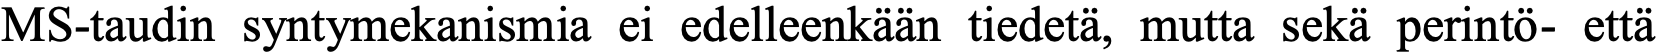
MS-taudin syntymekanismia ei edelleenkään tiedetä, mutta sekä perintö- että